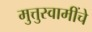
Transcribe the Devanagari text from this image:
मुत्तुस्वामींचे